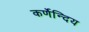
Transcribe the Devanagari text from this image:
कर्णेन्दिय